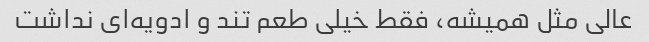
عالی مثل همیشه، فقط خیلی طعم تند و ادویه‌ای نداشت